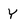
Character: Y